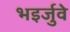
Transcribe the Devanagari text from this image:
भइर्जुवे